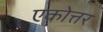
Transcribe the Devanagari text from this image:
एकोत्तर